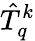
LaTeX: \hat{T}_{q}^{k}